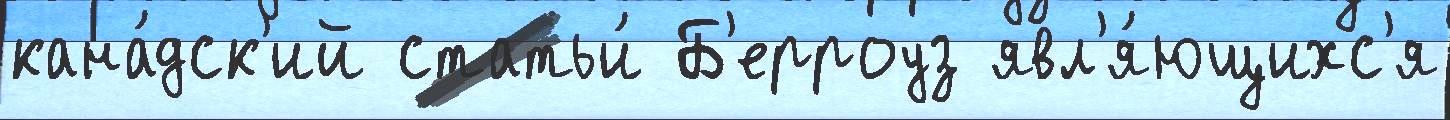
кана́дск'ий статьи́ Б'ерроуз явл'я́ющихс'я